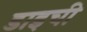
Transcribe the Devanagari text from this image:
डाइची